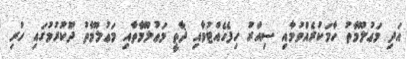
އަދި މަޢުލޫމާތު ހާމަކުރެއްވުމާއި ސިއްރު ހިފެހެއްޓުމާއި ޛާތީ މަޢުލޫމާތާއި މަޢުލޫމާތު ދޫކުރުމުގައި ހުރި